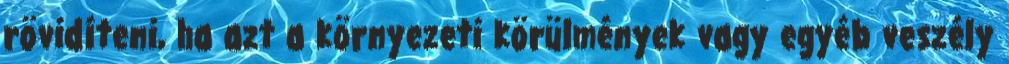
rövidíteni, ha azt a környezeti körülmények vagy egyéb veszély